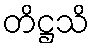
တိဋ္ဌသိ